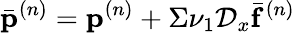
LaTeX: \bar{\mathbf{p}}^{(n)}=\mathbf{p}^{(n)}+\Sigma\nu_{1}\mathcal{D}_{x}\bar{\mathbf{f}}^{(n)}